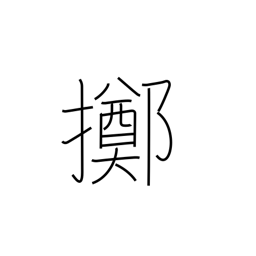
Meaning: resign